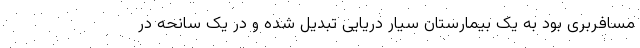
مسافربری بود به یک بیمارستان سیار دریایی تبدیل شده و در یک سانحه در